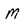
Character: M